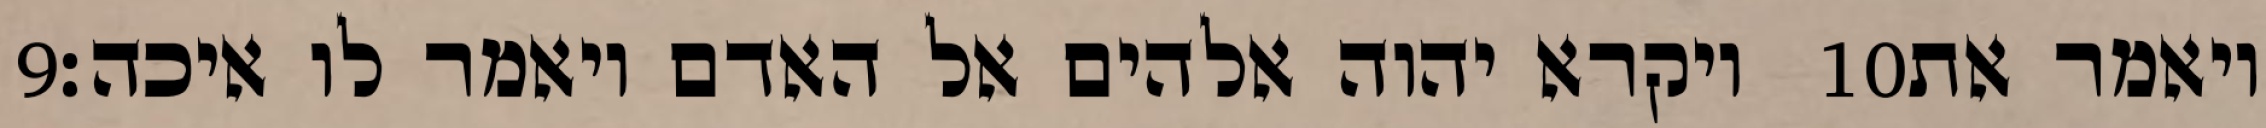
‎9‏ ויקרא יהוה אלהים אל האדם ויאמר לו איכה׃ ‎10‏ ויאמר את